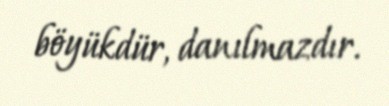
böyükdür, danılmazdır.